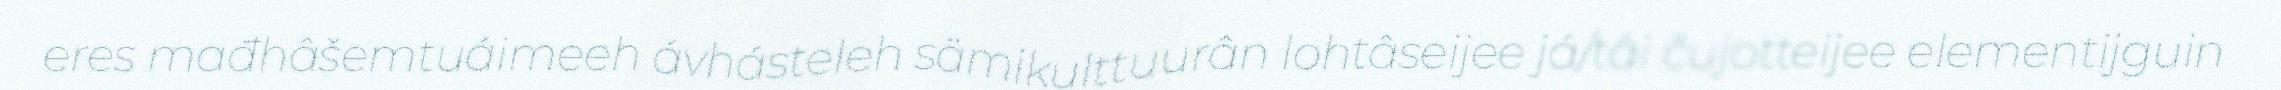
eres mađhâšemtuáimeeh ávhásteleh sämikulttuurân lohtâseijee já/tâi čujotteijee elementijguin